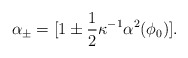
\begin{align*}\alpha_{\pm}= [1 \pm \frac{1}{2}\kappa^{-1}\alpha^2(\phi_0)].\end{align*}